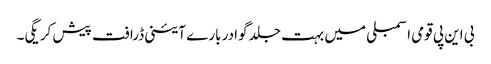
بی این پی قومی اسمبلی میں بہت جلد گوادر بارے آئینی ڈرافت پیش کر یگی۔